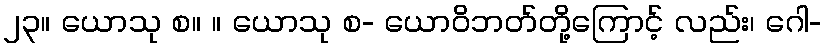
၂၃။ ယောသု စ။ ။ ယောသု စ- ယောဝိဘတ်တို့ကြောင့် လည်း၊ ဂေါ-